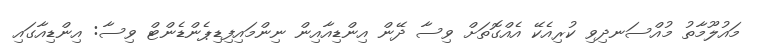
މައުލޫމާތު މުއްސަނދިވި ކުރިއެކޭ އެއްގޮތަށް ވިސާ ދޭން އިންޑިއާއިން ނިންމައިފިޑިޕެންޑެންޓް ވިސާ: އިންޑިއާގައި